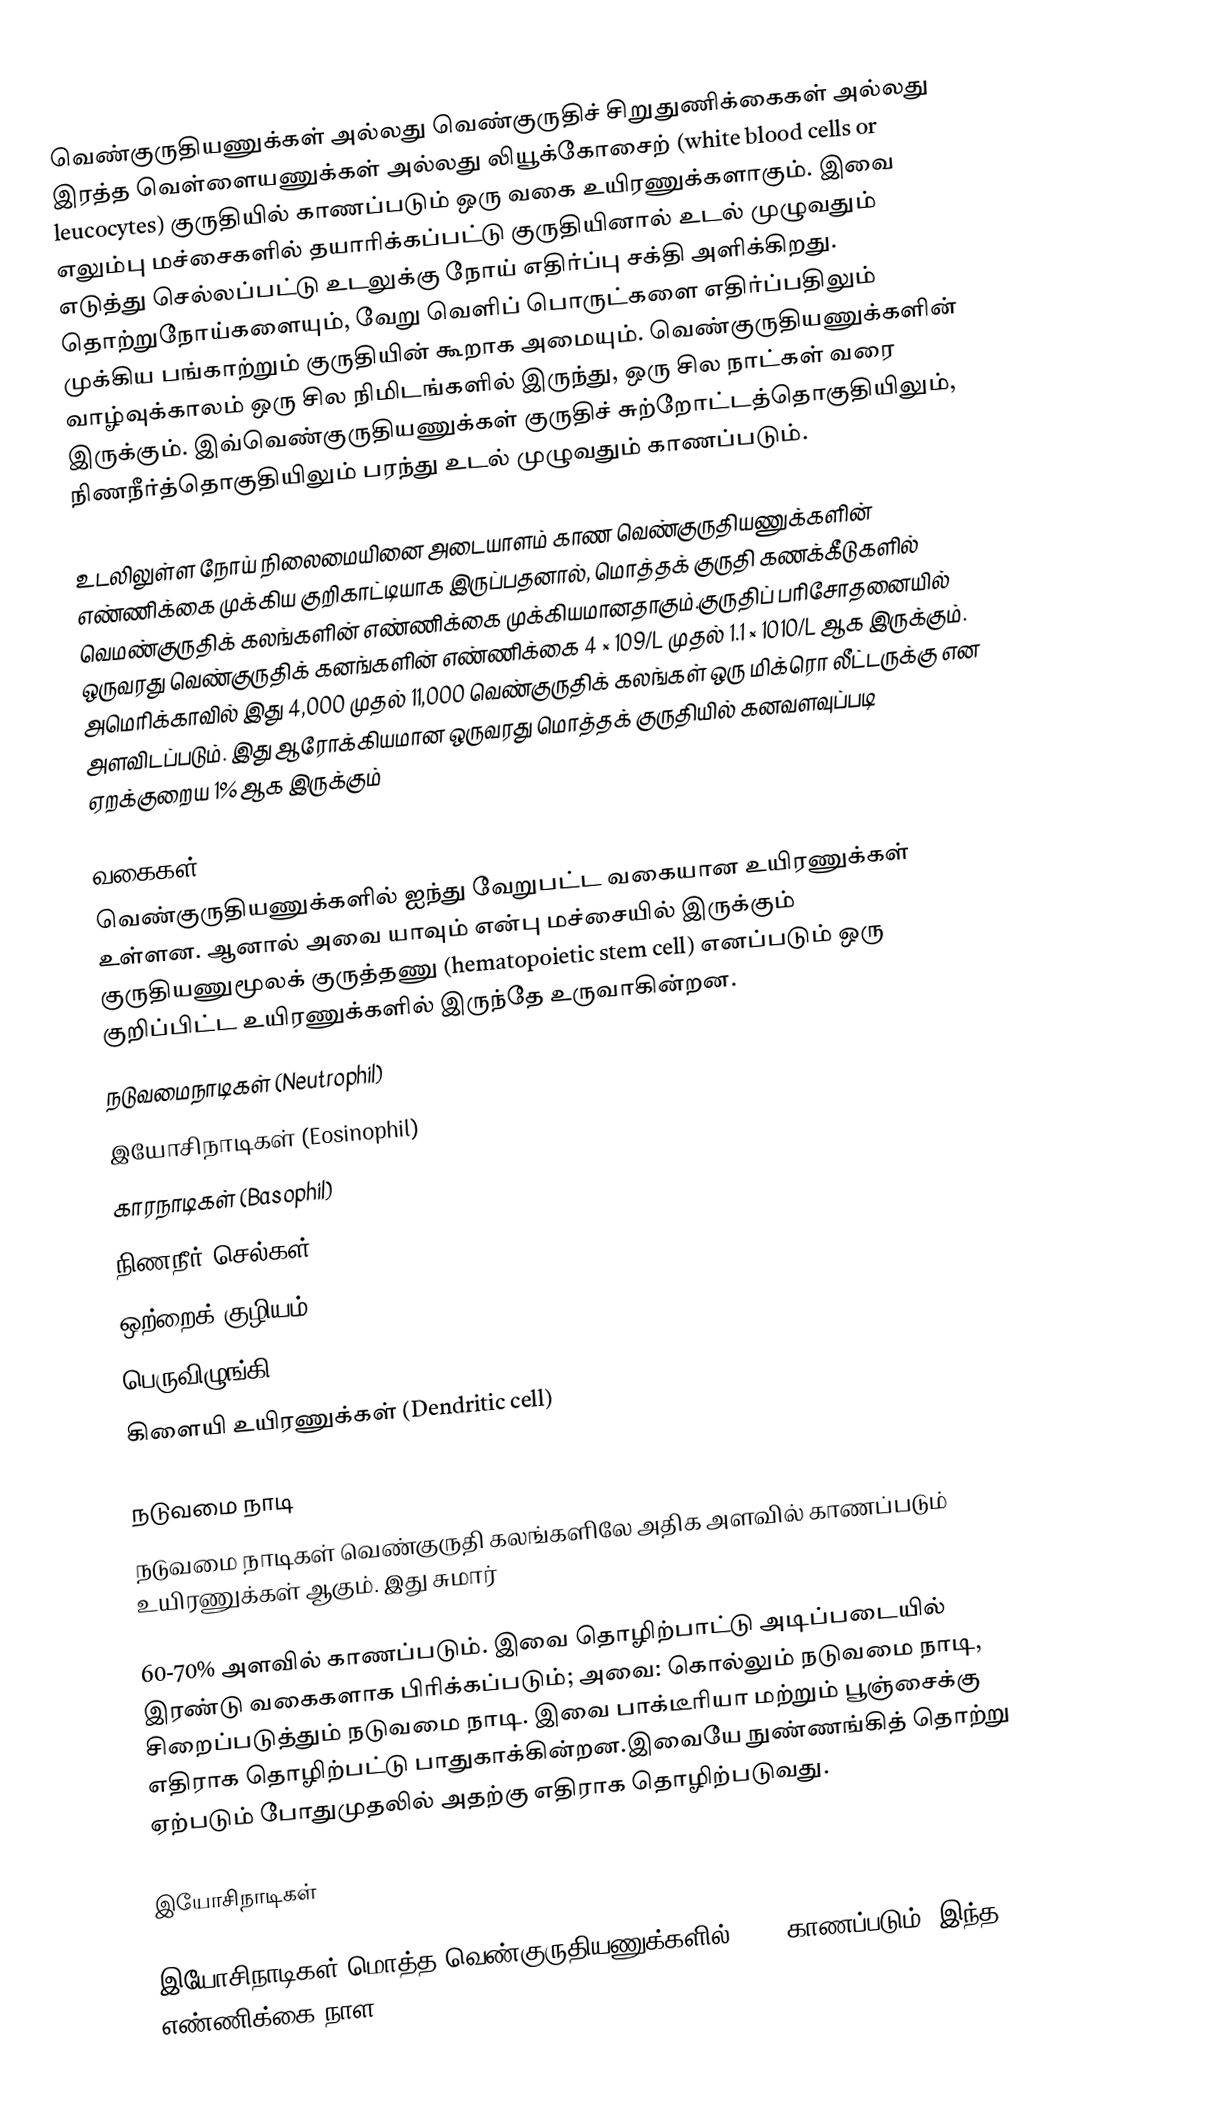
வெண்குருதியணுக்கள் அல்லது வெண்குருதிச் சிறுதுணிக்கைகள் அல்லது  இரத்த வெள்ளையணுக்கள் அல்லது லியூக்கோசைற் (white blood cells or leucocytes) குருதியில் காணப்படும் ஒரு வகை உயிரணுக்களாகும். இவை எலும்பு மச்சைகளில் தயாரிக்கப்பட்டு குருதியினால் உடல் முழுவதும் எடுத்து செல்லப்பட்டு உடலுக்கு நோய் எதிர்ப்பு சக்தி அளிக்கிறது. தொற்றுநோய்களையும், வேறு வெளிப் பொருட்களை எதிர்ப்பதிலும் முக்கிய பங்காற்றும் குருதியின் கூறாக அமையும். வெண்குருதியணுக்களின் வாழ்வுக்காலம் ஒரு சில நிமிடங்களில் இருந்து, ஒரு சில நாட்கள் வரை இருக்கும். இவ்வெண்குருதியணுக்கள் குருதிச் சுற்றோட்டத்தொகுதியிலும், நிணநீர்த்தொகுதியிலும் பரந்து உடல் முழுவதும் காணப்படும்.

உடலிலுள்ள நோய் நிலைமையினை அடையாளம் காண வெண்குருதியணுக்களின் எண்ணிக்கை முக்கிய குறிகாட்டியாக இருப்பதனால், மொத்தக் குருதி கணக்கீடுகளில் வெமண்குருதிக் கலங்களின் எண்ணிக்கை முக்கியமானதாகும்.குருதிப் பரிசோதனையில் ஒருவரது வெண்குருதிக் கனங்களின் எண்ணிக்கை 4 × 109/L முதல் 1.1 × 1010/L ஆக இருக்கும். அமெரிக்காவில் இது 4,000 முதல் 11,000 வெண்குருதிக் கலங்கள் ஒரு மிக்ரொ லீட்டருக்கு என அளவிடப்படும்.   இது ஆரோக்கியமான ஒருவரது மொத்தக் குருதியில் கனவளவுப்படி ஏறக்குறைய 1% ஆக இருக்கும்

வகைகள்
வெண்குருதியணுக்களில் ஐந்து வேறுபட்ட வகையான உயிரணுக்கள் உள்ளன. ஆனால் அவை யாவும் என்பு மச்சையில் இருக்கும் குருதியணுமூலக் குருத்தணு (hematopoietic stem cell) எனப்படும் ஒரு குறிப்பிட்ட உயிரணுக்களில் இருந்தே உருவாகின்றன.
நடுவமைநாடிகள் (Neutrophil)
இயோசிநாடிகள் (Eosinophil)
காரநாடிகள் (Basophil)
நிணநீர் செல்கள் (Lymphocytes)
ஒற்றைக் குழியம் (Monocyte)
பெருவிழுங்கி (Macrophage)
கிளையி உயிரணுக்கள் (Dendritic cell)

நடுவமை நாடி
நடுவமை நாடிகள் வெண்குருதி கலங்களிலே அதிக அளவில் காணப்படும் உயிரணுக்கள் ஆகும். இது சுமார்

60-70% அளவில் காணப்படும். இவை தொழிற்பாட்டு அடிப்படையில் இரண்டு வகைகளாக பிரிக்கப்படும்; அவை: கொல்லும் நடுவமை நாடி, சிறைப்படுத்தும் நடுவமை நாடி. இவை பாக்டீரியா மற்றும் பூஞ்சைக்கு எதிராக தொழிற்பட்டு பாதுகாக்கின்றன.இவையே நுண்ணங்கித் தொற்று ஏற்படும் போதுமுதலில் அதற்கு எதிராக தொழிற்படுவது.

இயோசிநாடிகள்

இயோசிநாடிகள் மொத்த வெண்குருதியணுக்களில் 2-4% காணப்படும். இந்த எண்ணிக்கை நாள